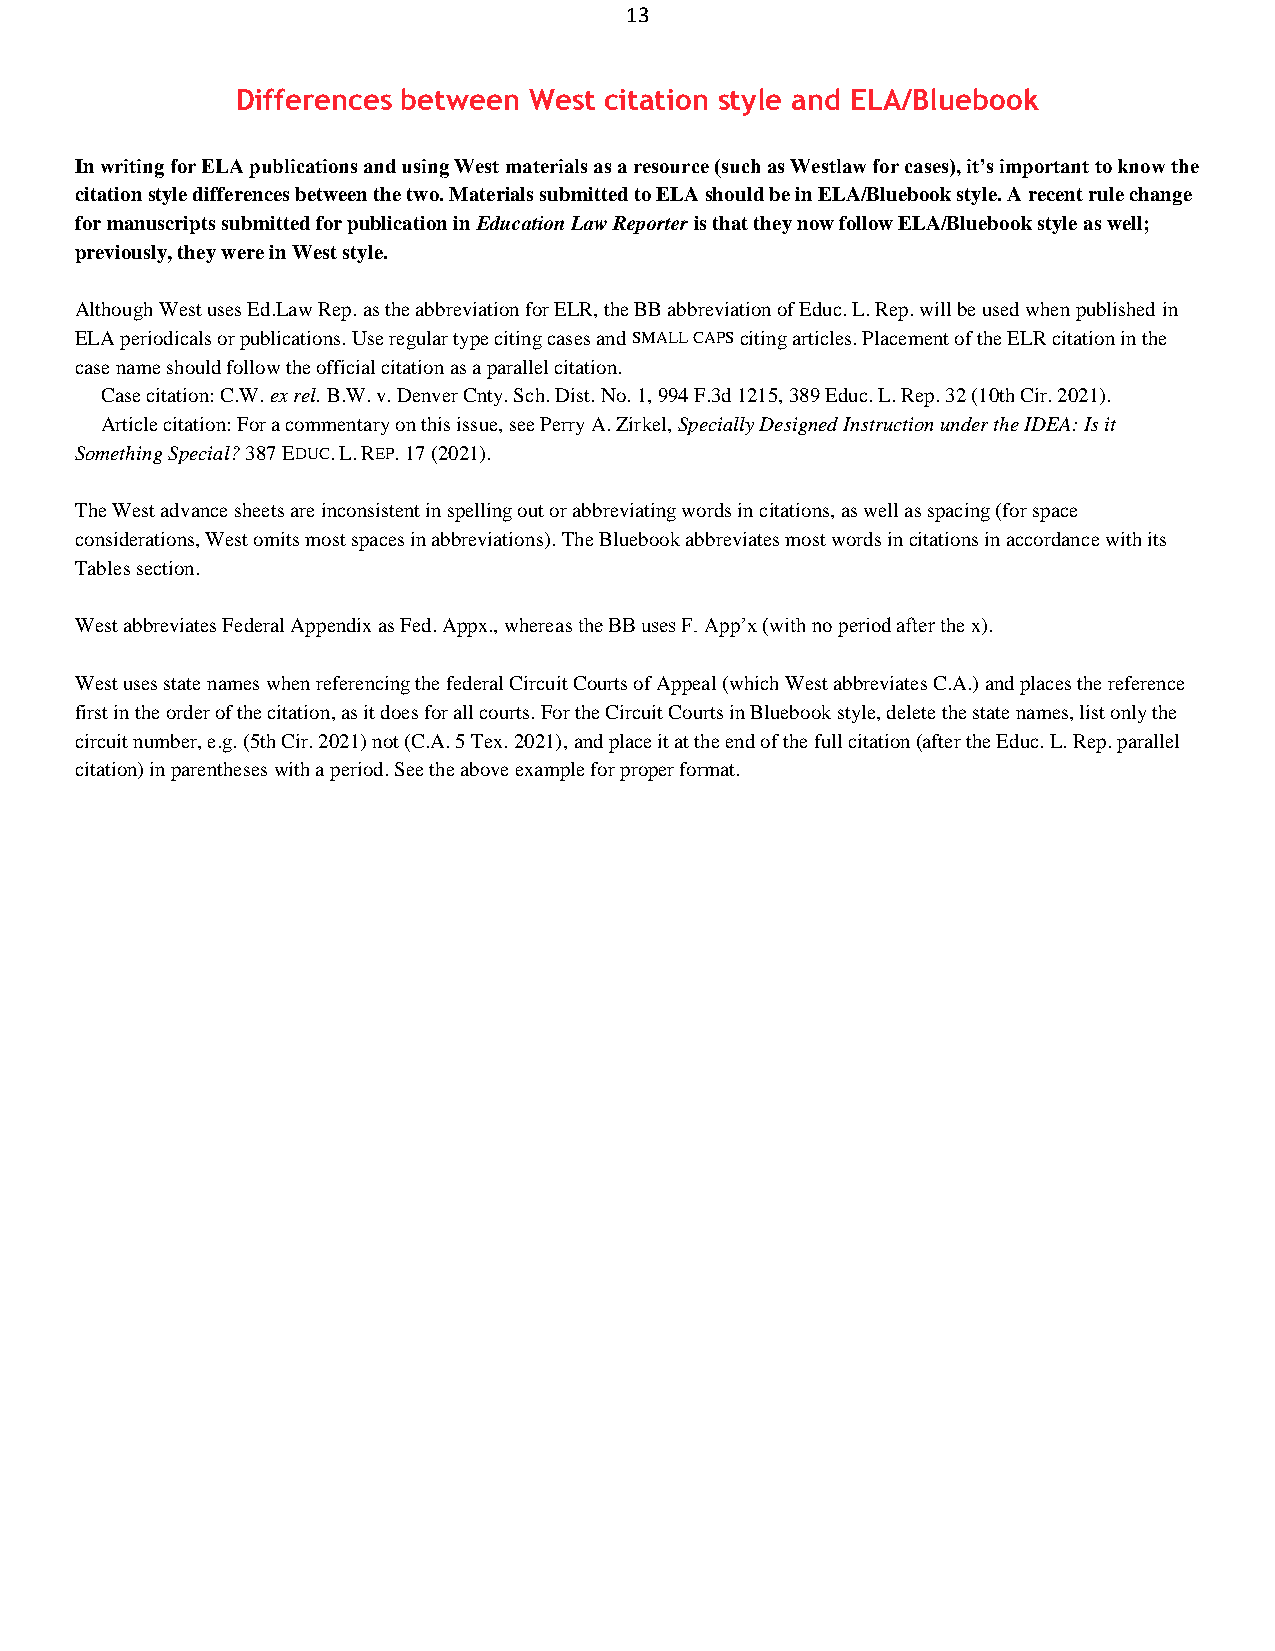
13
 Differences between West citation style and ELA/Bluebook
 In writing for ELA publications and using West materials as a resource (such as Westlaw for cases), it’s important to know the
 citation style differences between the two. Materials submitted to ELA should be in ELA/Bluebook style. A recent rule change
 for manuscripts submitted for publication in Education Law Reporter is that they now follow ELA/Bluebook style as well;
 previously, they were in West style.
 Although West uses Ed.Law Rep. as the abbreviation for ELR, the BB abbreviation of Educ. L. Rep. will be used when published in
 ELA periodicals or publications. Use regular type citing cases and SMALL CAPS citing articles. Placement of the ELR citation in the
 case name should follow the official citation as a parallel citation.
 Case citation: C.W. ex rel. B.W. v. Denver Cnty. Sch. Dist. No. 1, 994 F.3d 1215, 389 Educ. L. Rep. 32 (10th Cir. 2021).
 Article citation: For a commentary on this issue, see Perry A. Zirkel, Specially Designed Instruction under the IDEA: Is it
 Something Special? 387 EDUC. L. REP. 17 (2021).
 The West advance sheets are inconsistent in spelling out or abbreviating words in citations, as well as spacing (for space
 considerations, West omits most spaces in abbreviations). The Bluebook abbreviates most words in citations in accordance with its
 Tables section.
 West abbreviates Federal Appendix as Fed. Appx., whereas the BB uses F. App’x (with no period after the x).
 West uses state names when referencing the federal Circuit Courts of Appeal (which West abbreviates C.A.) and places the reference
 first in the order of the citation, as it does for all courts. For the Circuit Courts in Bluebook style, delete the state names, list only the
 circuit number, e.g. (5th Cir. 2021) not (C.A. 5 Tex. 2021), and place it at the end of the full citation (after the Educ. L. Rep. parallel
 citation) in parentheses with a period. See the above example for proper format.